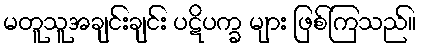
မတူသူအချင်းချင်း ပဋိပက္ခ များ ဖြစ်ကြသည်။